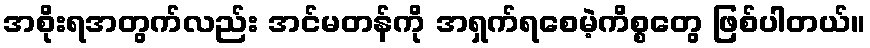
အစိုးရအတွက်လည်း အင်မတန်ကို အရှက်ရစေမဲ့ကိစ္စတွေ ဖြစ်ပါတယ်။